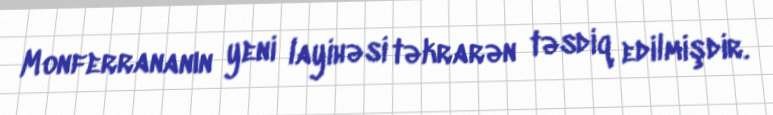
Monferrananın yeni layihəsi təkrarən təsdiq edilmişdir.